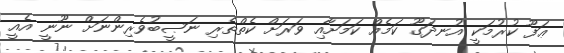
ޢަފޫ ކުރުމަކީ އުނދަގޫ ކަމެއް ކަމަށާއި ވަރަށް ކެތްތެރި ނަޞީބުވެރިންނަށް ނޫނީ އެއީ